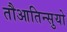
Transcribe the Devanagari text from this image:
तौआतिन्सुयो